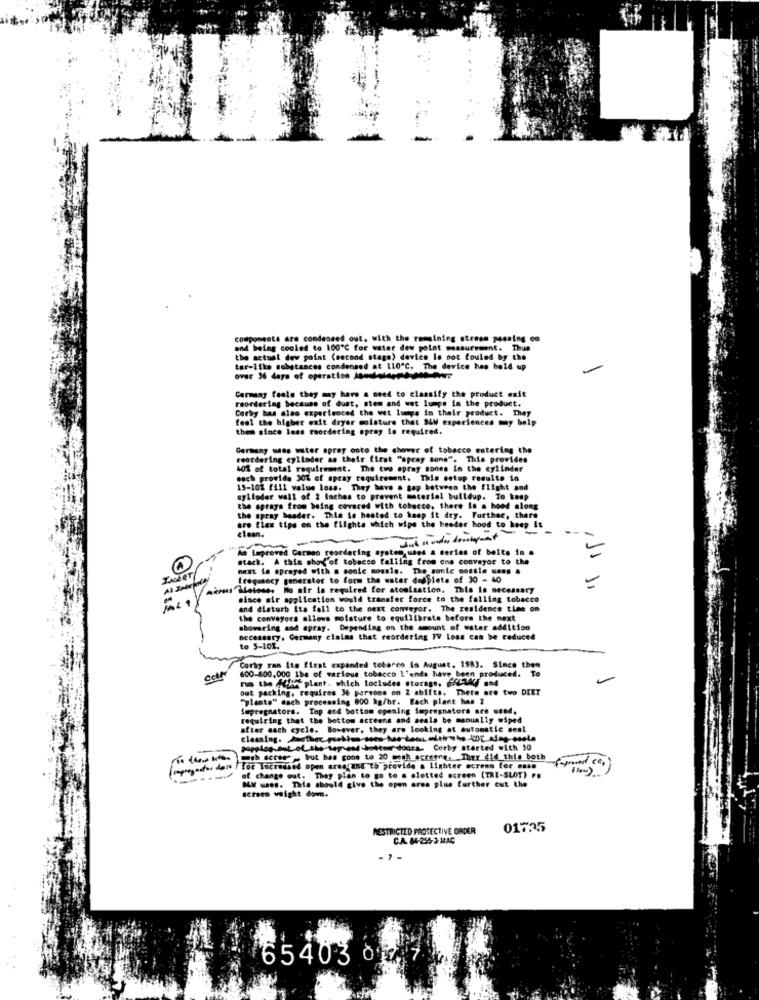
components are condensed out, with the remaining stress passing on
and being cooled to 100"℃ for water dew point measurement. Thus
the actual dew point (second stage) device Is not fouled by the
over 36 days of operation landolangtde
tar-like substances condensed at 110"℃. The device has hold up
-
WT
Carmeny foole they may have a need to classify the product exit
reordering because of dust, stem and wet lumps in the product.
Corby bas alao experienced the wet lumps in their product. They
feel the higher exit dryer moisture that SLM experiences my help
them since less reordering opray Se required.
Germany was water sprøy onto the shower of tobacco entering the
reordering cylinder as their first "spray sons". This provides
40% of total requirement. The two apray sones in the cylinder
wach provide 30% of spray requirement. This setup results in
15-101 fill value loss. They have a gap between the flight and
cylinder wall of 2 inches to prevent material buildup. To kosp
the sprays from being covered with tobacco, there is a hood along
the spray header. Thia So hosted to kaap it dry. Further, there
are flex tips on the flights which wipe the header hood to keep it
clean.
----
--
-
An Improved Garmen reordering ayatan,used a series of belts in .
stack. A this show of tobacco falling from one conveyor to the
11
next in sprayed with a sonic mossle. The sante potsle uses a
hey generator to form the water deeplets of 30 - 40
Harsus"Metoss. No air is required for atomisation. This is necessary
since air application would transfer force to the falling tobacco
and disturb ita fall to the next conveyor. The residence time on
the conveyors allows moisture to equilibrata before the next
showering and apray. Depending on the amount of water addition
necessary, Germany claims that reordering FV Loss can be reduced
to 5-101.
Corby ran Its first expanded tobarco in August, 1983. Since then
600-800,000 1bs of various tobacco L'ends have been produced. Te
rus the fifth plant. which locludes storage, and
out packing, requires Je parsons on 2 shifts. There are two DIET
"plants" dach processing 800 kg/br. Each plant has 2
impregnators. Top and bottom opening impregnatora are used.
requiring that the bottom screens and seals be manually wiped
after each cycle. However
after each cycle. However, they are looking at automatic seal
papplog out of the top and bottomdogra. Corby started with 90
mash deres', but bas cone to 20 cash screene. They did this both
[Pronto der / for Therecord open area and to provide a lighter acream for caso
-----
of change out. They plan to go t
MY uses. This should give the open ares plus further cut the
screen weight dove.
RESTRICTED PROTECTIVE ORDER
01735
C.A. 84-255-3-MAC
- 7 -
6540 3 of